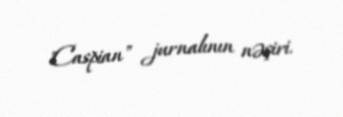
"Caspian" jurnalının nəşiri.